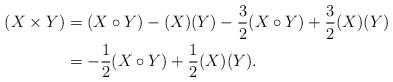
LaTeX: \begin{align*}(X\times Y)& = (X\circ Y)-(X) (Y)-\frac 32(X\circ Y) + \frac 32(X) (Y) \\& = -\frac 12(X\circ Y)+ \frac 12(X) (Y). \end{align*}